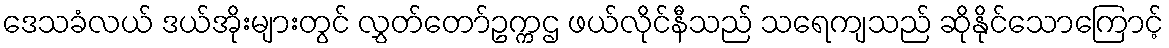
ဒေသခံလယ် ဒယ်အိုးများတွင် လွှတ်တော်ဥက္ကဌ ဖယ်လိုင်နီသည် သရေကျသည် ဆိုနိုင်သောကြောင့်